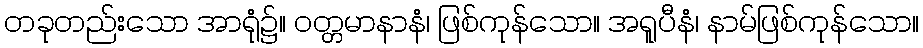
တခုတည်းသော အာရုံ၌။ ဝတ္တမာနာနံ၊ ဖြစ်ကုန်သော။ အရူပီနံ၊ နာမ်ဖြစ်ကုန်သော။